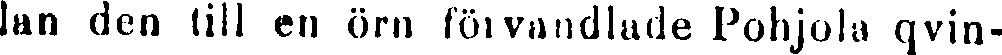
lan den till en örn förvandlade Pohjola qvin-